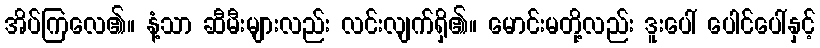
အိပ်ကြလေ၏။ နံ့သာ ဆီမီးများလည်း လင်းလျက်ရှိ၏။ မောင်းမတို့လည်း ဒူးပေါ် ပေါင်ပေါ်နှင့်